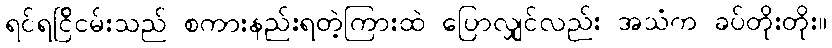
ရင်ရင်ြိငမ်းသည် စကားနည်းရတဲ့ကြားထဲ ပြောလျှင်လည်း အသံက ခပ်တိုးတိုး။